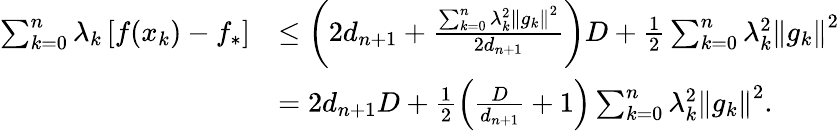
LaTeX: \begin{array}{rl}{\sum_{k=0}^{n}\lambda_{k}\left[f(x_{k})-f_{*}\right]}&{\leq\left(2d_{n+1}+\frac{\sum_{k=0}^{n}\lambda_{k}^{2}\left\Vert g_{k}\right\Vert^{2}}{2d_{n+1}}\right)D+\frac{1}{2}\sum_{k=0}^{n}\lambda_{k}^{2}\left\Vert g_{k}\right\Vert^{2}}\\ &{=2d_{n+1}D+\frac{1}{2}\left(\frac{D}{d_{n+1}}+1\right)\sum_{k=0}^{n}\lambda_{k}^{2}\left\Vert g_{k}\right\Vert^{2}.}\end{array}